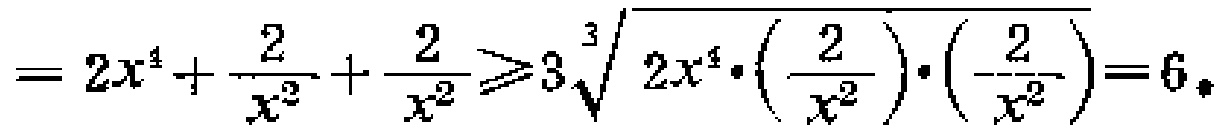
$=2x^{4}+\frac {2}{x^{2}}+\frac {2}{x^{2}}\geqslant 3\sqrt [3]{2x^{4}\cdot (\frac {2}{x^{2}})\cdot (\frac {2}{x^{2}})} = 6$